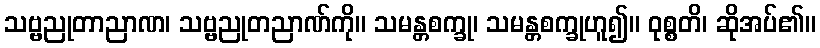
သဗ္ဗညုတာညာဏ၊ သဗ္ဗညုတညာဏ်ကို။ သမန္တစက္ခု၊ သမန္တစက္ခုဟူ၍။ ဝုစ္စတိ၊ ဆိုအပ်၏။